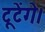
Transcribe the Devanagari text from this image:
टूटेंगे।